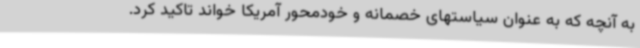
به آنچه که به عنوان سیاستهای خصمانه و خودمحور آمریکا خواند تاکید کرد.